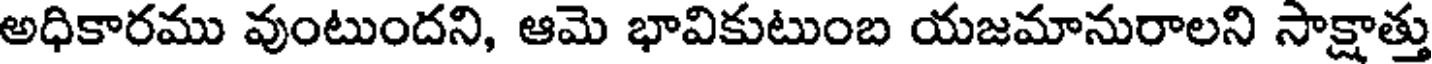
అధికారము వుంటుందని, ఆమె భావికుటుంబ యజమానురాలని సాక్షాత్తు